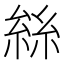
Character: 𠬆